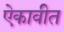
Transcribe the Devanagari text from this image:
ऐकावीत